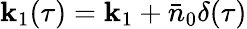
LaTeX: \mathbf{k}_{1}(\tau)=\mathbf{k}_{1}+\bar{{n}}_{0}\delta(\tau)